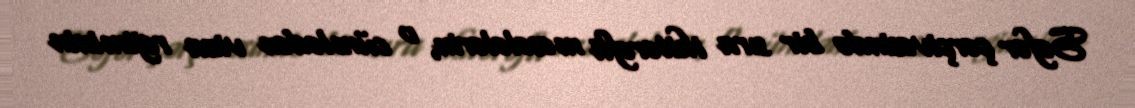
Səfər çərçivəsində bir sıra ikitərəfli məsələlərin, o cümlədən viza rejiminin